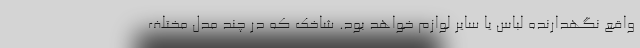
واقع نگهدارنده لباس یا سایر لوازم خواهد بود. شاخک که در چند مدل مختلف